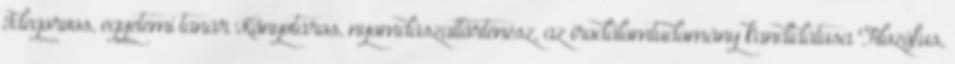
Idegorvos, egyetemi tanár Könyvtáros, nyomdászattörténész, az irodalomtudomány kandidátusa Filozófus,